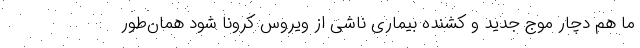
ما هم دچار موج جدید و کشنده بیماری ناشی از ویروس کرونا شود همان‌طور